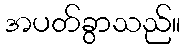
အပတ်ခွာသည်။